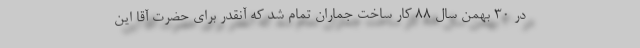
در 30 بهمن سال 88 کار ساخت جماران تمام شد که آنقدر برای حضرت آقا این